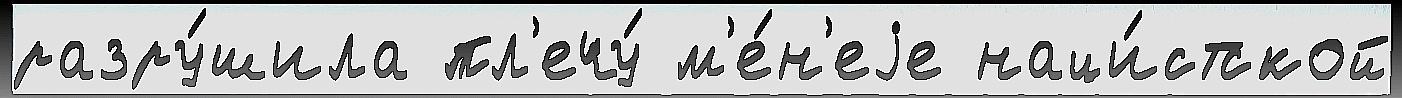
разру́шила пл'ечу́ м'е́н'еjе наци́стской